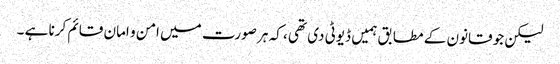
لیکن جو قانون کے مطابق ہمیں ڈیوٹی دی تھی ، کہ ہر صورت میں امن و امان قائم کرنا ہے ۔